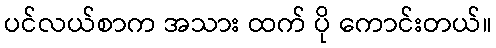
ပင်လယ်စာက အသား ထက် ပို ကောင်းတယ်။